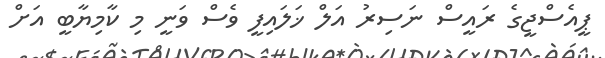
ޕީއެސްޖީގެ ރައީސް ނަސިރު އަލް ޚަލައިފީ ވެސް ވަނީ މި ކާމިޔާބީ އަށް